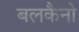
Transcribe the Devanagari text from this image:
बलकैनो